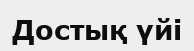
Достық үйі